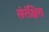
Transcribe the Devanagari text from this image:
संरंक्षित